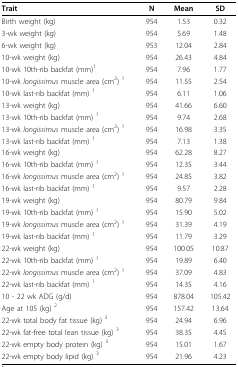
<table><thead><tr><td><b>Trait</b></td><td><b>N</b></td><td><b>Mean</b></td><td><b>SD</b></td></tr></thead><tbody><tr><td>Birth weight (kg)</td><td>954</td><td>1.53</td><td>0.32</td></tr><tr><td>3-wk weight (kg)</td><td>954</td><td>5.69</td><td>1.48</td></tr><tr><td>6-wk weight (kg)</td><td>953</td><td>12.04</td><td>2.84</td></tr><tr><td>10-wk weight (kg)</td><td>954</td><td>26.43</td><td>4.84</td></tr><tr><td>10-wk 10th-rib backfat (mm)<sup>1</sup></td><td>954</td><td>7.96</td><td>1.77</td></tr><tr><td>10-wk <i>longissimus </i>muscle area (cm<sup>2</sup>) <sup>1</sup></td><td>954</td><td>11.55</td><td>2.54</td></tr><tr><td>10-wk last-rib backfat (mm) <sup>1</sup></td><td>954</td><td>6.11</td><td>1.06</td></tr><tr><td>13-wk weight (kg)</td><td>954</td><td>41.66</td><td>6.60</td></tr><tr><td>13-wk 10th-rib backfat (mm) <sup>1</sup></td><td>954</td><td>9.74</td><td>2.68</td></tr><tr><td>13-wk <i>longissimus </i>muscle area (cm<sup>2</sup>) <sup>1</sup></td><td>954</td><td>16.98</td><td>3.35</td></tr><tr><td>13-wk last-rib backfat (mm) <sup>1</sup></td><td>954</td><td>7.13</td><td>1.38</td></tr><tr><td>16-wk weight (kg)</td><td>954</td><td>62.28</td><td>8.27</td></tr><tr><td>16-wk 10th-rib backfat (mm) <sup>1</sup></td><td>954</td><td>12.35</td><td>3.44</td></tr><tr><td>16-wk <i>longissimus </i>muscle area (cm<sup>2</sup>) <sup>1</sup></td><td>954</td><td>24.85</td><td>3.82</td></tr><tr><td>16-wk last-rib backfat (mm) <sup>1</sup></td><td>954</td><td>9.57</td><td>2.28</td></tr><tr><td>19-wk weight (kg)</td><td>954</td><td>80.79</td><td>9.84</td></tr><tr><td>19-wk 10th-rib backfat (mm) <sup>1</sup></td><td>954</td><td>15.90</td><td>5.02</td></tr><tr><td>19-wk <i>longissimus </i>muscle area (cm<sup>2</sup>) <sup>1</sup></td><td>954</td><td>31.39</td><td>4.19</td></tr><tr><td>19-wk last-rib backfat (mm) <sup>1</sup></td><td>954</td><td>11.79</td><td>3.29</td></tr><tr><td>22-wk weight (kg)</td><td>954</td><td>100.05</td><td>10.87</td></tr><tr><td>22-wk 10th-rib backfat (mm) <sup>1</sup></td><td>954</td><td>19.89</td><td>6.40</td></tr><tr><td>22-wk <i>longissimus </i>muscle area (cm<sup>2</sup>) <sup>1</sup></td><td>954</td><td>37.09</td><td>4.83</td></tr><tr><td>22-wk last-rib backfat (mm) <sup>1</sup></td><td>954</td><td>14.35</td><td>4.16</td></tr><tr><td>10 - 22 wk ADG (g/d)</td><td>954</td><td>878.04</td><td>105.42</td></tr><tr><td>Age at 105 (kg) <sup>2</sup></td><td>954</td><td>157.42</td><td>13.64</td></tr><tr><td>22-wk total body fat tissue (kg) <sup>3</sup></td><td>954</td><td>24.94</td><td>6.96</td></tr><tr><td>22-wk fat-free total lean tissue (kg) <sup>3</sup></td><td>954</td><td>38.35</td><td>4.45</td></tr><tr><td>22-wk empty body protein (kg) <sup>3</sup></td><td>954</td><td>15.01</td><td>1.67</td></tr><tr><td>22-wk empty body lipid (kg) <sup>3</sup></td><td>954</td><td>21.96</td><td>4.23</td></tr></tbody></table>